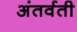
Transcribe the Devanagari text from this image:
अंतर्वती